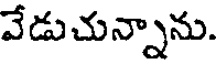
వేడుచున్నాను.